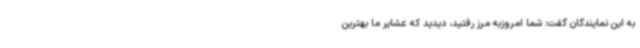
به این نمایندگان گفت: شما امروزبه مرز رفتید، دیدید که عشایر ما بهترین